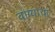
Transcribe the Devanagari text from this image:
वांग्याचा